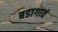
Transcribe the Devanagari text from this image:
बडागावं